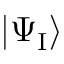
| \Psi _ { \mathrm { I } } \rangle